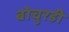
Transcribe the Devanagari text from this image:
बोचुरडी